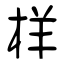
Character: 样